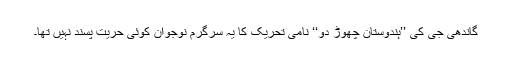
گاندھی جی کی ’’ہندوستان چھوڑ دو‘‘ نامی تحریک کا یہ سرگرم نوجوان کوئی حریت پسند نہیں تھا۔